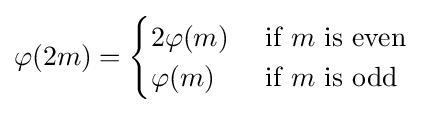
\varphi (2m)={\begin{cases}2\varphi (m)&{\text{ if }}m{\text{ is even}}\\\varphi (m)&{\text{ if }}m{\text{ is odd}}\end{cases}}